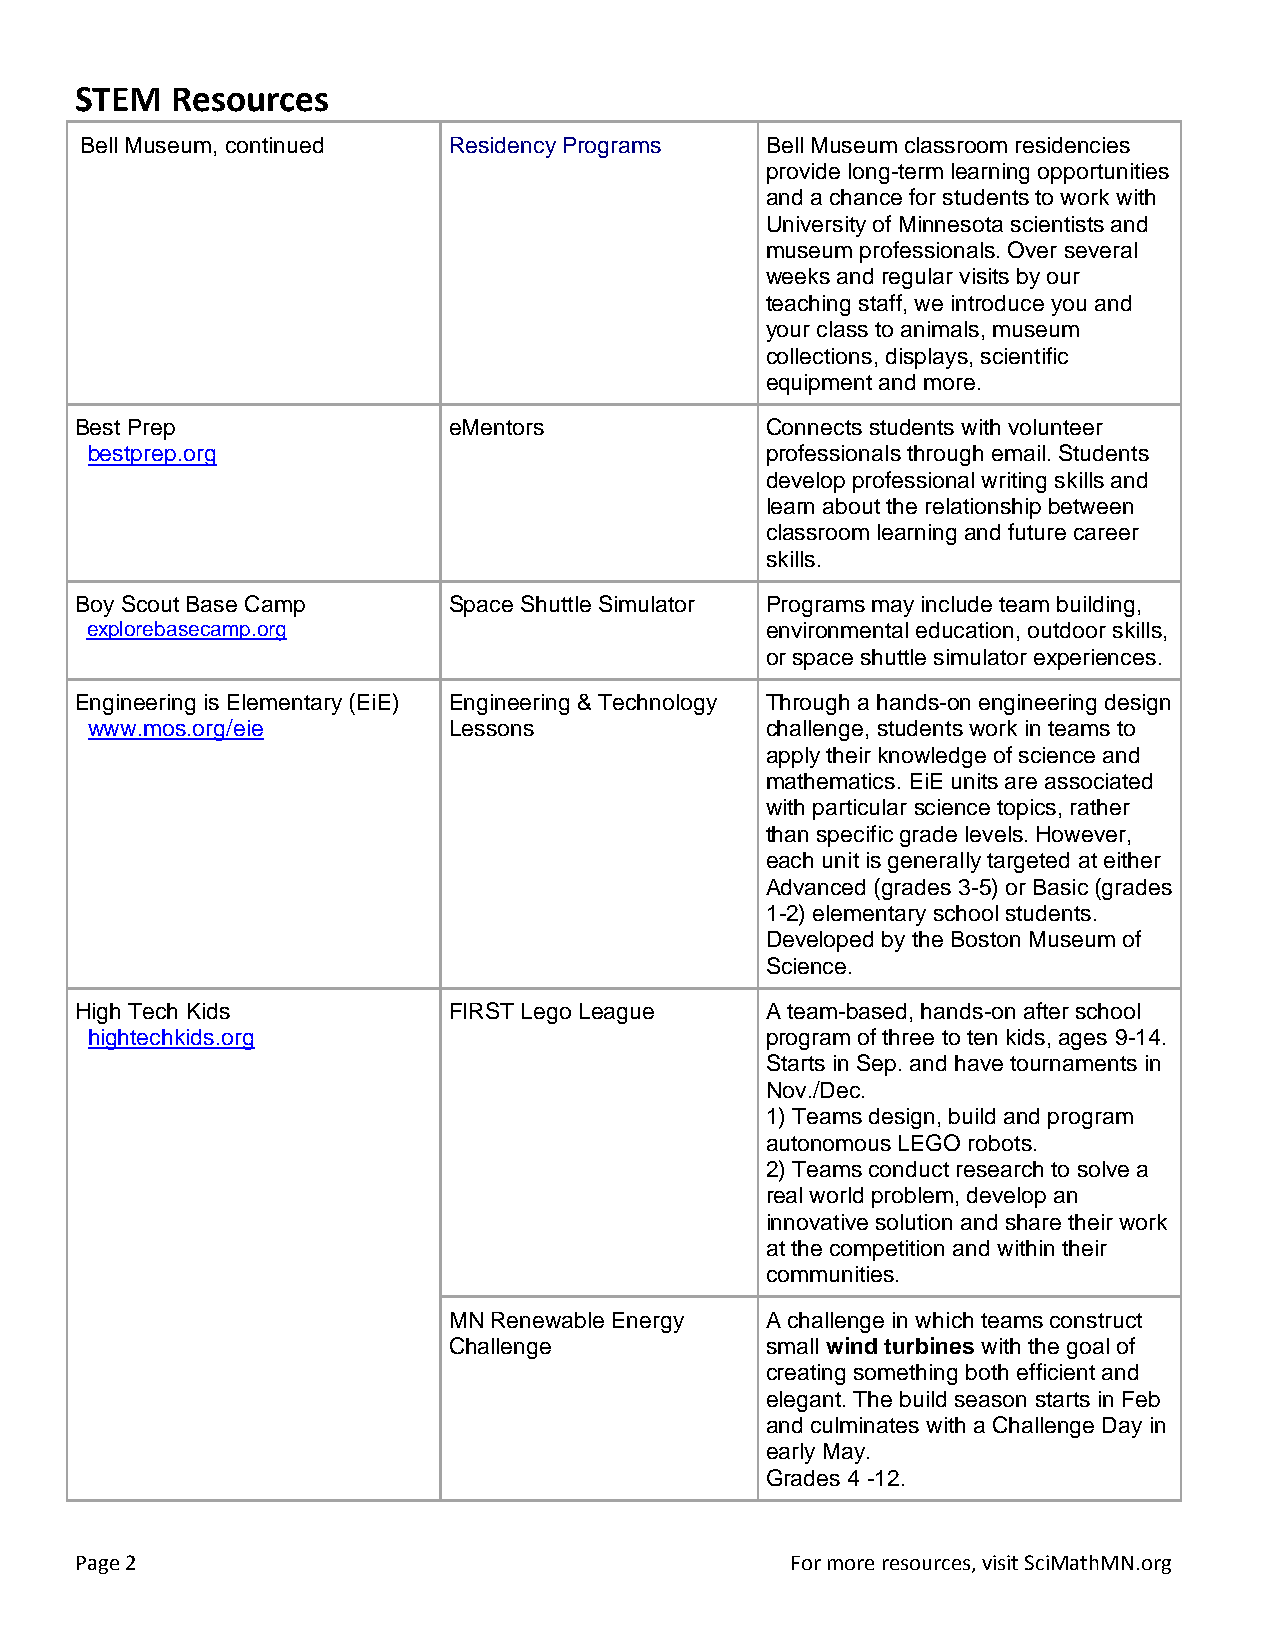
STEM  Resources
 Bell Museum, continued   Residency Programs   Bell Museum classroom residencies
 provide long-term learning opportunities
 and a chance for students to work with
 University of Minnesota scientists and
 museum professionals. Over several
 weeks and regular visits by our
 teaching staff, we introduce you and
 your class to animals, museum
 collections, displays, scientific
 equipment and more.
 Best Prep                eMentors             Connects students with volunteer
 bestprep.org                                 professionals through email. Students
 develop professional writing skills and
 learn about the relationship between
 classroom learning and future career
 skills.
 Boy Scout Base Camp      Space Shuttle Simulator Programs may include team building,
 explorebasecamp.org                          environmental education, outdoor skills,
 or space shuttle simulator experiences.
 Engineering is Elementary (EiE) Engineering & Technology Through a hands-on engineering design
 www.mos.org/eie         Lessons              challenge, students work in teams to
 apply their knowledge of science and
 mathematics. EiE units are associated
 with particular science topics, rather
 than specific grade levels. However,
 each unit is generally targeted at either
 Advanced (grades 3-5) or Basic (grades
 1-2) elementary school students.
 Developed by the Boston Museum of
 Science.
 High Tech Kids           FIRST Lego League    A team-based, hands-on after school
 hightechkids.org                             program of three to ten kids, ages 9-14.
 Starts in Sep. and have tournaments in
 Nov./Dec.
 1) Teams design, build and program
 autonomous LEGO robots.
 2) Teams conduct research to solve a
 real world problem, develop an
 innovative solution and share their work
 at the competition and within their
 communities.
 MN Renewable Energy  A challenge in which teams construct
 Challenge            small wind turbines with the goal of
 creating something both efficient and
 elegant. The build season starts in Feb
 and culminates with a Challenge Day in
 early May.
 Grades 4 -12.
 Page 2                                         For more resources, visit SciMathMN.org